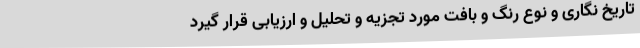
تاریخ نگاری و نوع رنگ و بافت مورد تجزیه و تحلیل و ارزیابی قرار گیرد